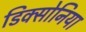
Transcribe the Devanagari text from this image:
डिक्सोनिया